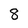
Character: 8